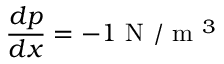
\frac { d p } { d x } = - 1 \mathrm { ~ N ~ } / \mathrm { ~ m ~ } ^ { 3 }